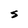
Character: S